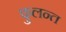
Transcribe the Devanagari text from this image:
फुलन्त